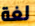
لغة